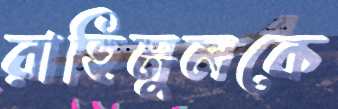
রাহিমুলকে